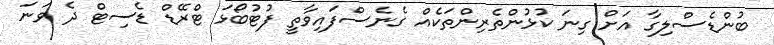
ބުންޑެސްލިގާ އަށް ގިނަ ކުޅުންތެރިންތަކެއް ގެނެސްފައިވާތީ ފުޓުބޯޅަ ޓްރޭޑް ޑެސިޓް ދެ ވަނަ